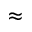
\approx